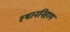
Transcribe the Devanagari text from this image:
स्थाननिहाय